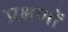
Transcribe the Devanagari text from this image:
प्रक्षणों